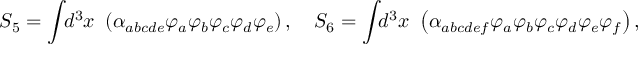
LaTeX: S _ { 5 } = \int \! \! d ^ { 3 } x ~ \left( \alpha _ { a b c d e } \varphi _ { a } \varphi _ { b } \varphi _ { c } \varphi _ { d } \varphi _ { e } \right) , \quad S _ { 6 } = \int \! \! d ^ { 3 } x ~ \left( \alpha _ { a b c d e f } \varphi _ { a } \varphi _ { b } \varphi _ { c } \varphi _ { d } \varphi _ { e } \varphi _ { f } \right) ,